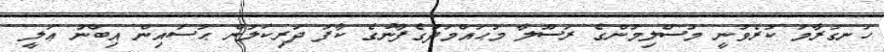
ހަނގުރާމަ ކުރެވުނީ މުސްލިމުންގެ ރަސޫލާ މުޙައްމަދުގެފާނުގެ ކާފަ ދަރިކަލުން ޙުސައިން އިބްނު ޢަލީ